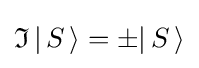
{\mathfrak {I}}\,|\,S\,\rangle =\pm |\,S\,\rangle